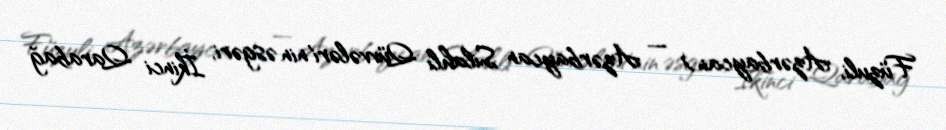
Füzuli, Azərbaycan) — Azərbaycan Silahlı Qüvvələri'nin əsgəri, İkinci Qarabağ